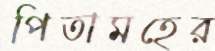
পিতামহের